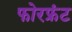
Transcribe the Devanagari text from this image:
फोरफ्रंट